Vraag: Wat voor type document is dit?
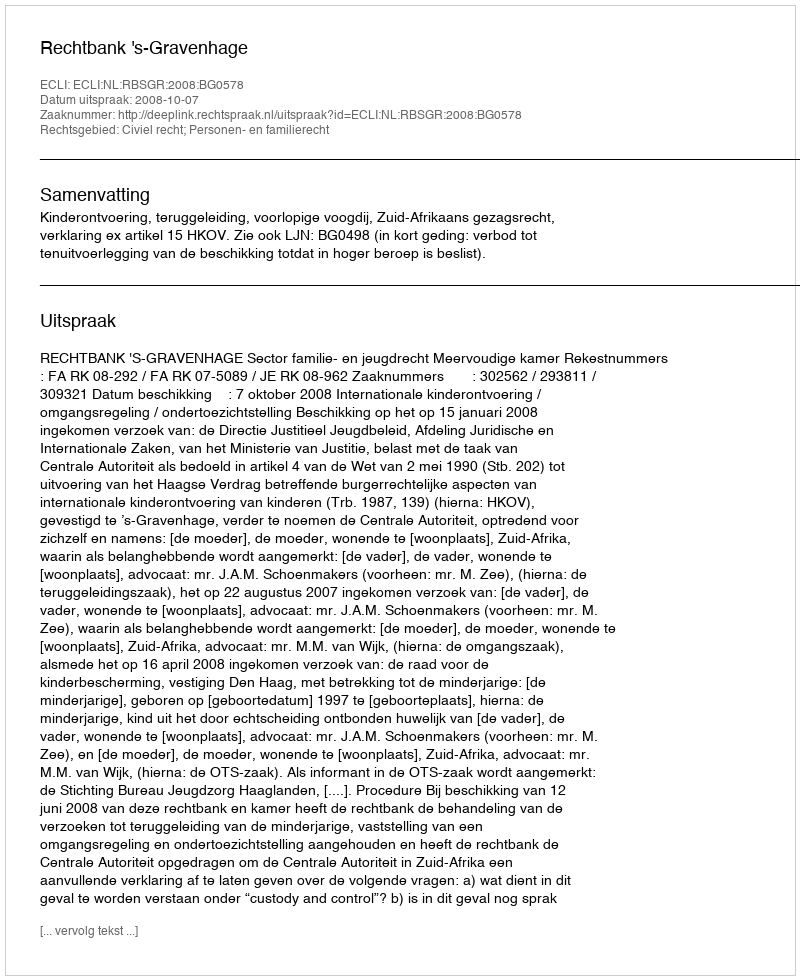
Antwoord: Uitspraak